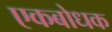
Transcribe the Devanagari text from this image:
एकबोधक